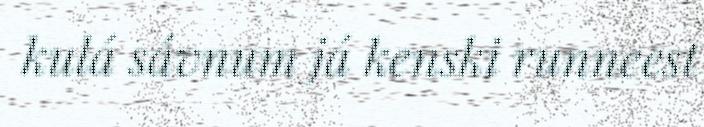
kulá sávnum já kenski runneest